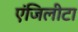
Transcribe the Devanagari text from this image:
एंजिलीटा